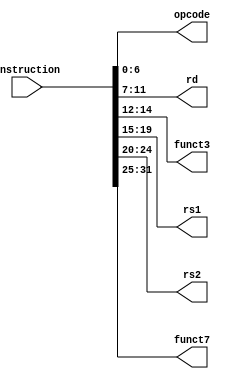
module instruction_splitter(
  input [31:0] instruction,
  output [6:0] opcode,
  output [4:0] rd,
  output [2:0] funct3,
  output [4:0] rs1,
  output [4:0] rs2,
  output [6:0] funct7
  );
  
  assign opcode = instruction[6:0];
  assign rd = instruction[11:7];
  assign funct3 = instruction[14:12];
  assign rs1 = instruction[19:15];
  assign rs2 = instruction[24:20];
  assign funct7 = instruction[31:25];
  
endmodule